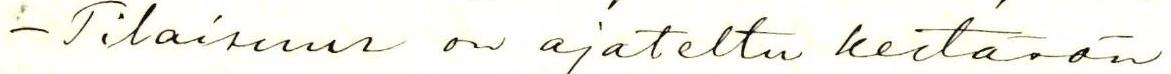
- Tilaisuus on ajateltu kestävän